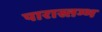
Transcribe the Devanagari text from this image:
पारास्तम्भ